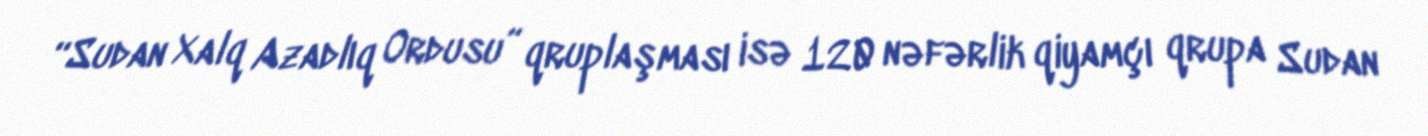
“Sudan Xalq Azadlıq Ordusu” qruplaşması isə 120 nəfərlik qiyamçı qrupa Sudan